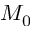
M _ { 0 }